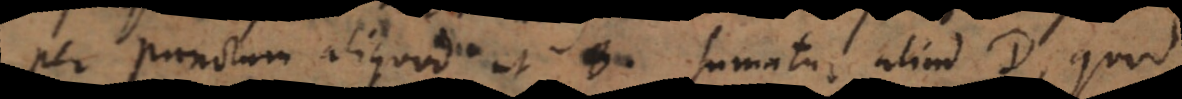
per punctum aliquod ut B, sumatur aliud D, quod